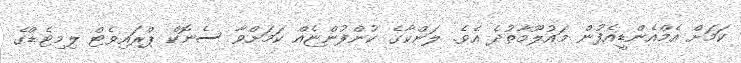
ކަމަށް އެމްއެންޑީއެފުން މައުލޫމާތުދެ އެވެ. ލަންކާގެ ކުންފުންޏެއް ކަމަށްވާ ސެނޮކް ޕްރައިވެޓް ލިމިޓެޑްގެ